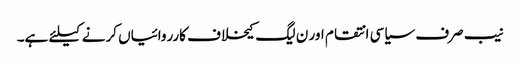
نیب صرف سیاسی انتقام اور ن لیگ کیخلاف کارروائیاں کرنے کیلئے ہے۔